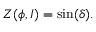
Z ( \phi , I ) = \sin ( \delta ) .